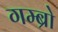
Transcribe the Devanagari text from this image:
गम्ब्रो